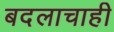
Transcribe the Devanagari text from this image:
बदलाचाही